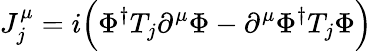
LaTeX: J_{j}^{\mu}=i\Big(\Phi^{\dagger}T_{j}\partial^{\mu}\Phi-\partial^{\mu}\Phi^{\dagger}T_{j}\Phi\Big)